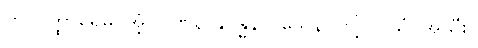
ဟိ-ဝိတ္ထာရေမိ၊ အံ့။ ဂဏနာနုဗန္ဓနာဝသေန၊ ဖြင့်။ ဝိသုံ၊ အသီး။